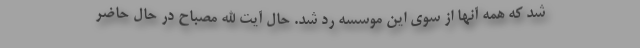
شد که همه آنها از سوی این موسسه رد شد. حال آیت الله مصباح در حال حاضر